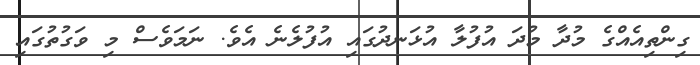
ގިންތިއެއްގެ މުދާ މުދަ އުފުލާ އުޅަނދުގައި އުފުލެނެ އެވެ. ނަމަވެސް މި ވަގުތުގައި